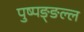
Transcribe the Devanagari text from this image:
पुष्पङ्ङल्ल